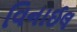
વિનાઈલ